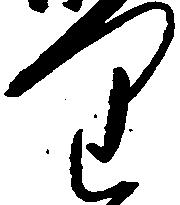
り